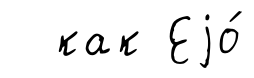
как Еjо́